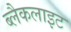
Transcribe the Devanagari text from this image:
ब्लैकलाइट